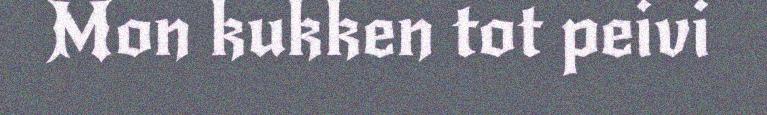
Mon kukken tot peivi